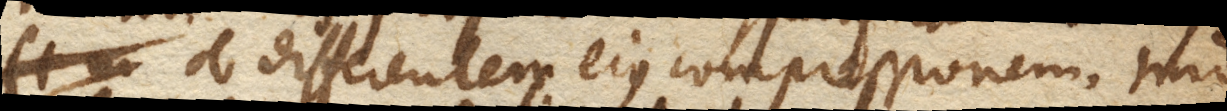
ob differentem ejus compressionem. Imo